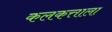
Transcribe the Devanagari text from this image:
कलकत्ताला